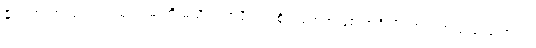
နိုင်ငံတကာကျင့်ဝတ်ထုံးတမ်းကို မသိတဲ့ အရိုင်းအစိုင်းတွေအဖြစ် အင်္ဂလိပ်ဘက်က ရှုမြင်ကြောင်း